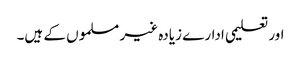
اور تعلیمی ادارے زیادہ غیر مسلموں کے ہیں۔